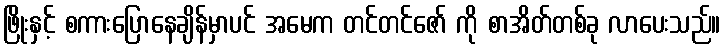
ဖြိုးနှင့် စကားပြောနေချိန်မှာပင် အမေက တင်တင်ဇော် ကို စာအိတ်တစ်ခု လာပေးသည်။